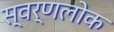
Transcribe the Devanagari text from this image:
स्वर्णलोक